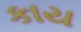
કાય